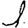
Digit: 1